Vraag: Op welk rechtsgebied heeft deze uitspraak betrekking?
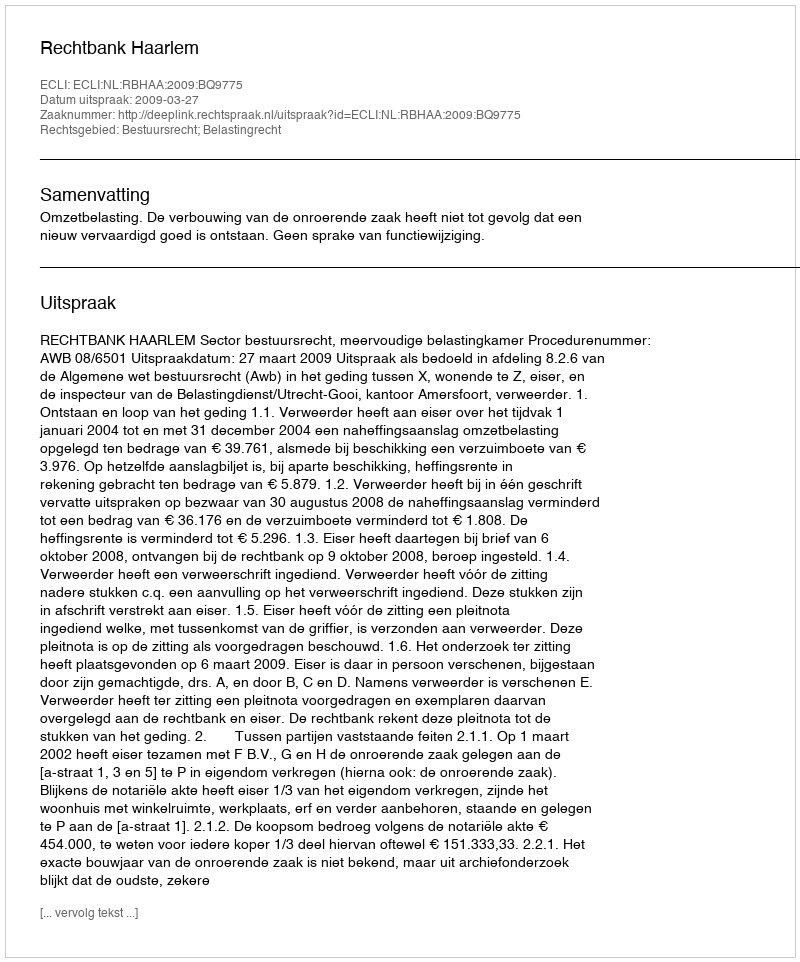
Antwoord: Bestuursrecht; Belastingrecht